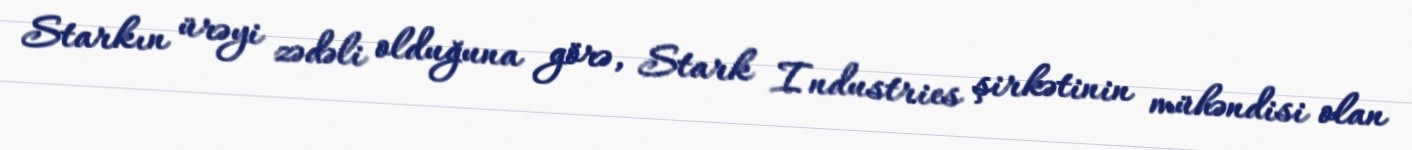
Starkın ürəyi zədəli olduğuna görə, Stark Industries şirkətinin mühəndisi olan